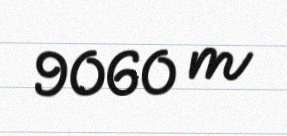
9060 m